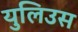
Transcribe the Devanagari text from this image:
युलिउस